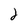
Character: 2